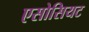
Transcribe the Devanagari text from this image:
एसोसियट